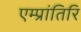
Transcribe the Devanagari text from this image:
एम्प्रांतिरि